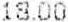
18.00